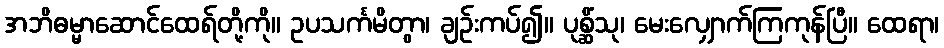
အဘိဓမ္မာဆောင်ထေရ်တို့ကို။ ဥပသင်္ကမိတွာ၊ ချဉ်းကပ်၍။ ပုစ္ဆိံသု၊ မေးလျှောက်ကြကုန်ပြီ။ ထေရာ၊